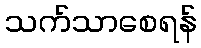
သက်သာစေရန်